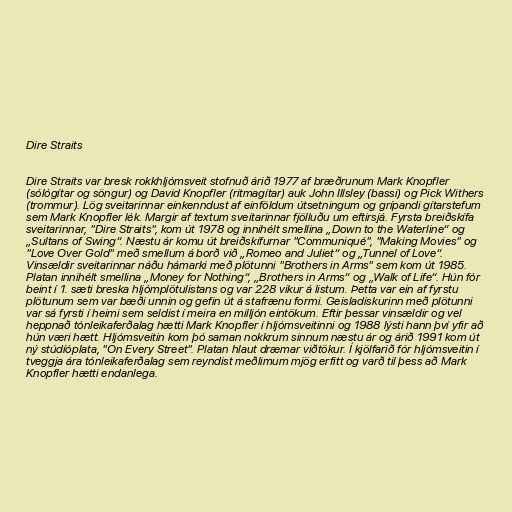
Dire Straits

Dire Straits var bresk rokkhljómsveit stofnuð árið 1977 af bræðrunum Mark Knopfler
(sólógítar og söngur) og David Knopfler (ritmagítar) auk John Illsley (bassi) og Pick Withers
(trommur). Lög sveitarinnar einkenndust af einföldum útsetningum og grípandi gítarstefum
sem Mark Knopfler lék. Margir af textum sveitarinnar fjölluðu um eftirsjá. Fyrsta breiðskífa
sveitarinnar, "Dire Straits", kom út 1978 og innihélt smellina „Down to the Waterline“ og
„Sultans of Swing“. Næstu ár komu út breiðskífurnar "Communiqué", "Making Movies" og
"Love Over Gold" með smellum á borð við „Romeo and Juliet“ og „Tunnel of Love“.
Vinsældir sveitarinnar náðu hámarki með plötunni "Brothers in Arms" sem kom út 1985.
Platan innihélt smellina „Money for Nothing“, „Brothers in Arms“ og „Walk of Life“. Hún fór
beint í 1. sæti breska hljómplötulistans og var 228 vikur á listum. Þetta var ein af fyrstu
plötunum sem var bæði unnin og gefin út á stafrænu formi. Geisladiskurinn með plötunni
var sá fyrsti í heimi sem seldist í meira en milljón eintökum. Eftir þessar vinsældir og vel
heppnað tónleikaferðalag hætti Mark Knopfler í hljómsveitinni og 1988 lýsti hann því yfir að
hún væri hætt. Hljómsveitin kom þó saman nokkrum sinnum næstu ár og árið 1991 kom út
ný stúdíóplata, "On Every Street". Platan hlaut dræmar viðtökur. Í kjölfarið fór hljómsveitin í
tveggja ára tónleikaferðalag sem reyndist meðlimum mjög erfitt og varð til þess að Mark
Knopfler hætti endanlega.